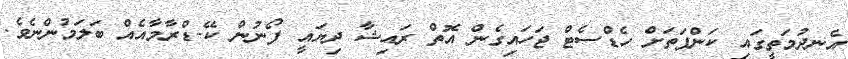
އެނދުމަތީގައި ކަންފަތަށް ހެޑްސެޓް ޖަހައިގެން އޮތް ރައިޝާ ދިޔައީ ފޯނުން ކޭ-ޑްރާމާއެއް ބަލަމުންނެވެ.